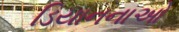
ડિયાનનાઓ